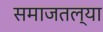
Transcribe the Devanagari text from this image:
समाजतल्या